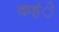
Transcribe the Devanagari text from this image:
कहंे